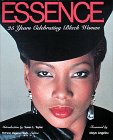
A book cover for Essence : 25 Years of Celebrating Black Women; Audrey Edwards; Humor & Entertainment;